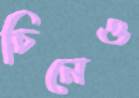
চিনেও